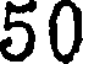
50